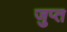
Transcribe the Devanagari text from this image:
जुप्त